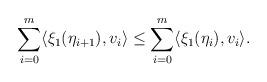
LaTeX: \begin{align*}\sum_{i=0}^{m} \langle \xi_1(\eta_{i+1}),v_i\rangle \le\sum_{i=0}^{m} \langle \xi_1(\eta_{i}),v_i\rangle.\end{align*}